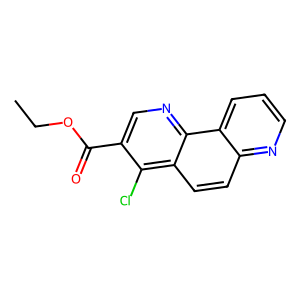
SMILES: CCOC(=O)c1cnc2c(ccc3ncccc32)c1Cl
Inhibits HIV replication: No